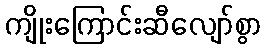
ကျိုးကြောင်းဆီလျော်စွာ